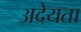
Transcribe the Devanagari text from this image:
अदेयता